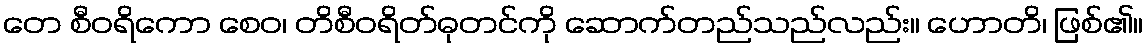
တေ စီဝရိကော စေဝ၊ တိစီဝရိတ်ဓုတင်ကို ဆောက်တည်သည်လည်း။ ဟောတိ၊ ဖြစ်၏။